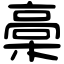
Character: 槀